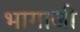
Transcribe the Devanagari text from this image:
भागाजी